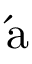
\mathrm { { \acute { a } } }